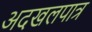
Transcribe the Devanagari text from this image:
अदखलपात्र